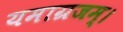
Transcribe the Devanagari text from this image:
यमाग्रजम्।